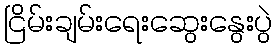
ငြိမ်းချမ်းရေးဆွေးနွေးပွဲ